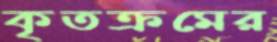
কৃতক্রমের